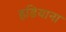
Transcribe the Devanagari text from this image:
इडियाना